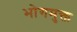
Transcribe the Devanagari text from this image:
भोगमुक्त